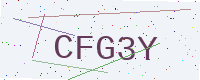
Text: CFG3Y